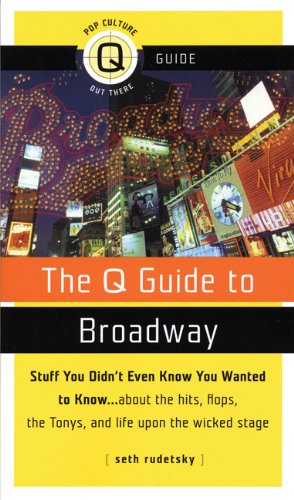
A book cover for The Q Guide to Broadway; Seth Rudetsky; Literature & Fiction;